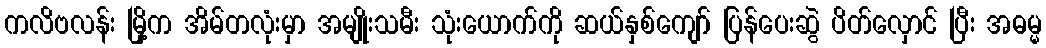
ကလိဗလန်း မြို့က အိမ်တလုံးမှာ အမျိုးသမီး သုံးယောက်ကို ဆယ်နှစ်ကျော် ပြန်ပေးဆွဲ ပိတ်လှောင် ပြီး အဓမ္မ